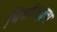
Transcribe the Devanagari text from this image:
चित्रांगदाचा